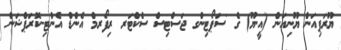
ޔޫރަޕިއަން ޔޫނިއަން (އީ.ޔޫ) ގެ 'ސަޕޯޓިންގ ޖަސްޓިސް ސެކްޓަރ ރިފޯރމް އެންޑް އެންޓި-ކޮރަޕްޝަން